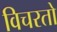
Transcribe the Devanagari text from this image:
विचरतो